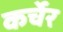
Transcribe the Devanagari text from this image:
कर्चेर